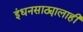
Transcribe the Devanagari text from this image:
इंधनसाठ्यालाही